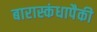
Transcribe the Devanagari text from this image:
बारास्कंधापैकी